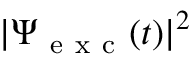
| \Psi _ { \mathrm { ~ e ~ x ~ c ~ } } ( t ) | ^ { 2 }